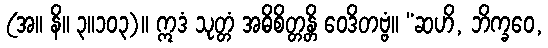
(အ။ နိ။ ၃။၁၀၃)။ ဣဒံ သုတ္တံ အဓိစိတ္တန္တိ ဝေဒိတဗ္ဗံ။ “ဆဟိ, ဘိက္ခဝေ,